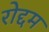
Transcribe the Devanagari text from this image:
रोद्दम